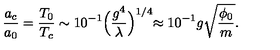
{ \frac { a _ { c } } { a _ { 0 } } } = { \frac { T _ { 0 } } { T _ { c } } } \sim 1 0 ^ { - 1 } \Bigr ( { \frac { g ^ { 4 } } { \lambda } } \Bigl ) ^ { 1 / 4 } \approx 1 0 ^ { - 1 } g \sqrt { \frac { \phi _ { 0 } } { m } } .